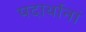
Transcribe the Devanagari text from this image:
पदार्थानां